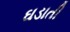
ઘડાતી